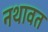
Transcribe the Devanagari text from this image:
नथावत